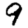
Digit: 9